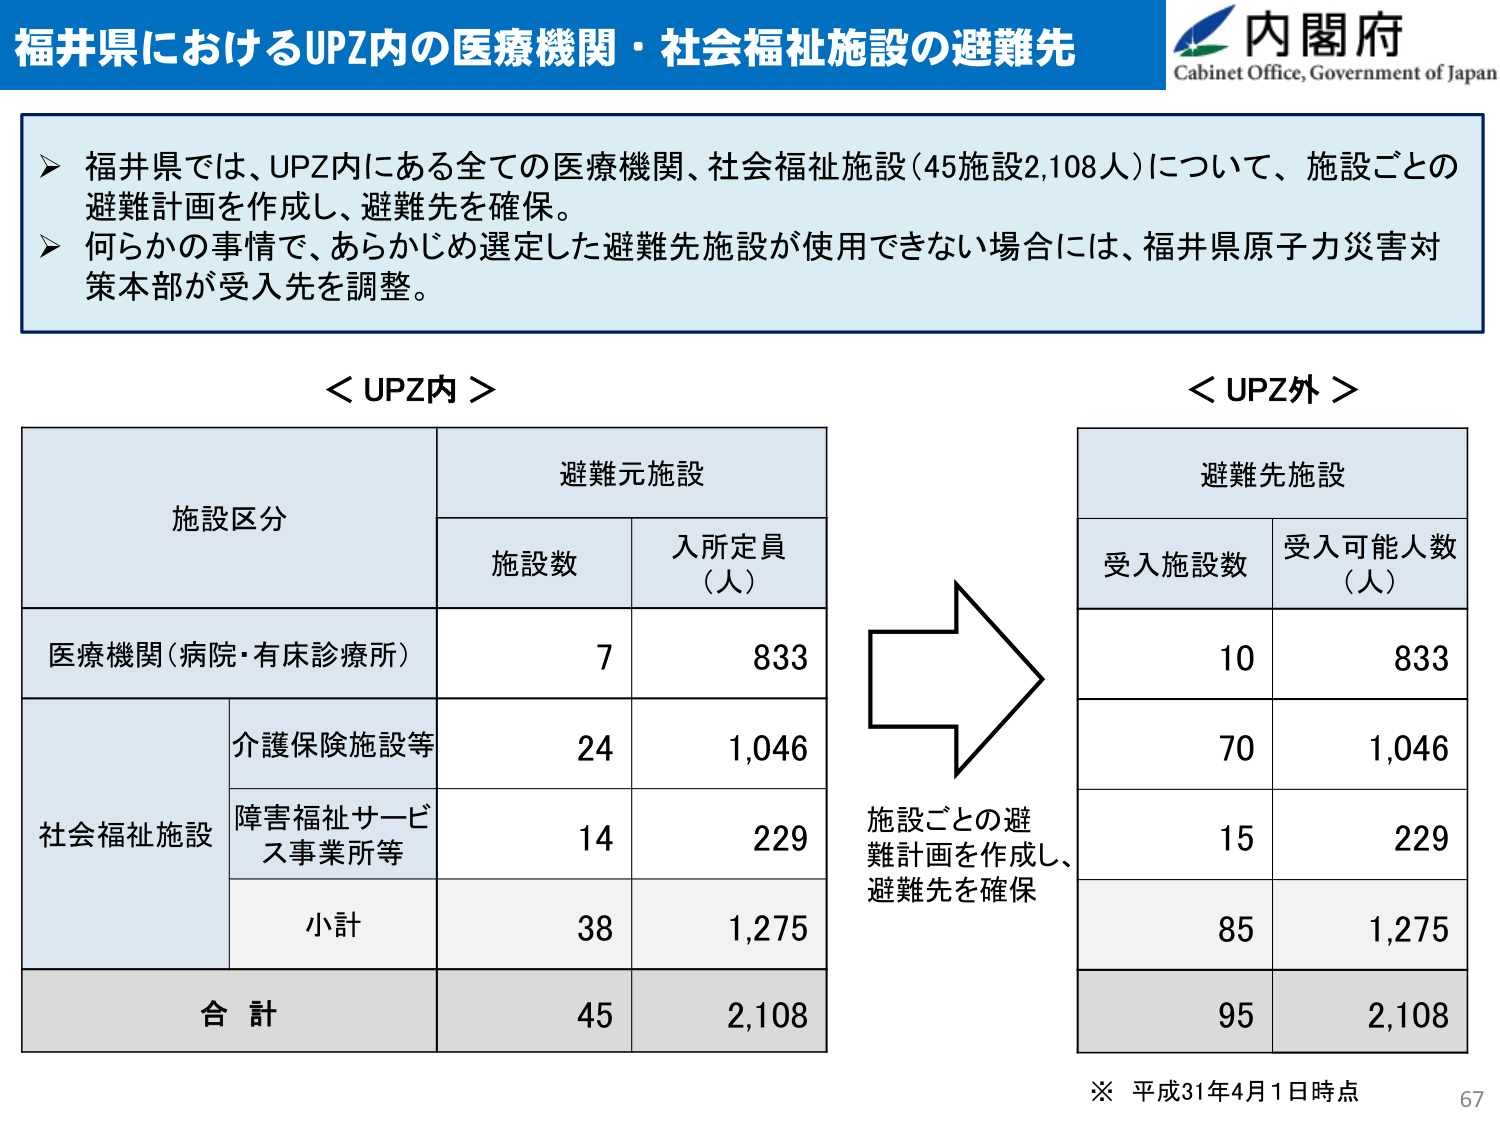
福井県におけるUPZ内の医療機関・社会福祉施設の避難先

内閣府
Cabinet Office, Government of Japan

▶ 福井県では、UPZ内にある全ての医療機関、社会福祉施設（45施設2,108人）について、施設ごとの避難計画を作成し、避難先を確保。
▶ 何らかの事情で、あらかじめ選定した避難先施設が使用できない場合には、福井県原子力災害対策本部が受入先を調整。

＜UPZ内＞

施設区分　　　　　　　　　　避難元施設
　　　　　　　　　　　　　　施設数　入所定員（人）

医療機関（病院・有床診療所）　　7　　　833

社会福祉施設
　　　介護保険施設等　　　　　　24　　　1,046
　　　障害福祉サービス事業所等　　14　　　229
　　　小計　　　　　　　　　　　38　　　1,275

合計　　　　　　　　　　　　　45　　　2,108

＜UPZ外＞

避難先施設
受入施設数　受入可能人数（人）

　　　　　　　　10　　　833
　　　　　　　　70　　　1,046
　　　　　　　　15　　　229
　　　　　　　　85　　　1,275

　　　　　　　　95　　　2,108

※ 平成31年4月1日時点

施設ごとの避難計画を作成し、避難先を確保

67